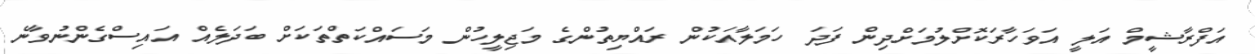
އަފްރާޝީމް އަލީ އަވަހާރަކޮށްލުމަށްދިން ފަދަ ހަމަލާއަކުން ރައްޔިތުންގެ މަޖިލީހުން މަސައްކަތްތަކަށް ބަދަލެއް އައިސްގެންނުވާނެ